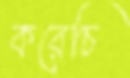
করেচি